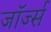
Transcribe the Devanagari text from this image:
जाॅर्ज्स